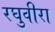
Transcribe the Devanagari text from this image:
रघुवीरा